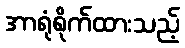
အာရုံစိုက်ထားသည့်